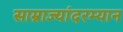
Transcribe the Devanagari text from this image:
साम्राज्यांदरम्यान